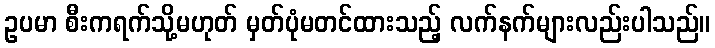
ဥပမာ စီးကရက်သို့မဟုတ် မှတ်ပုံမတင်ထားသည့် လက်နက်များလည်းပါသည်။